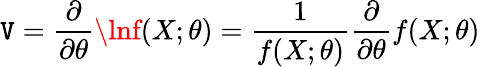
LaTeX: \mathtt{V}={\frac{{\partial}}{{\partial\theta}}}\lnf(X;\theta)={\frac{{1}}{{f(X;\theta)}}}{\frac{{\partial}}{{\partial\theta}}}f(X;\theta)